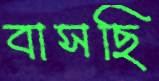
বাসছি